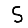
Digit: 5